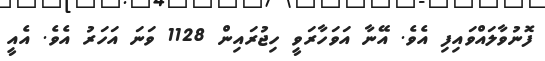
ފޮނުވާލައްވައިފި އެވެ. އޭނާ އަވަހާރަވީ ހިޖުރައިން 1128 ވަނަ އަހަރު އެވެ. އެއީ